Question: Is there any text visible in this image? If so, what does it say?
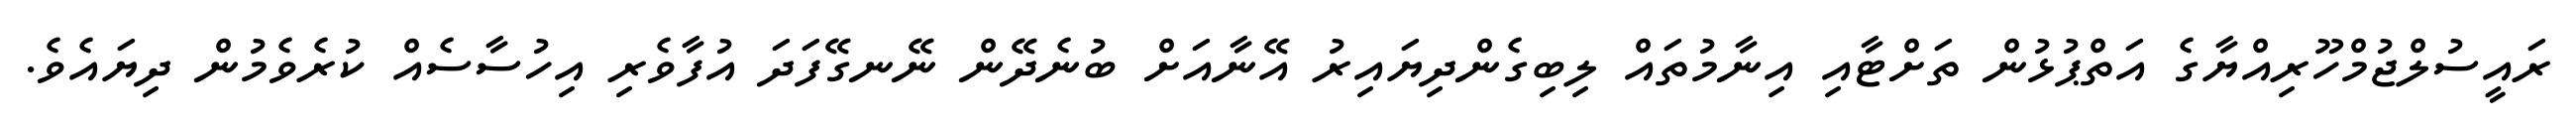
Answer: ރައީސުލްޖުމްހޫރިއްޔާގެ އަތްޕުޅުން ތަށްޓާއި އިނާމުތައް ލިބިގެންދިޔައިރު އޭނާއަށް ބުނެދޭން ނޭނގޭފަދަ އުފާވެރި އިހުސާސެއް ކުރެވެމުން ދިޔައެވެ.